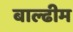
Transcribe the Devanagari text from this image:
बाल्ढीम